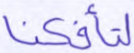
لتأفكنا